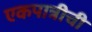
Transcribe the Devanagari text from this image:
एकपात्रीची